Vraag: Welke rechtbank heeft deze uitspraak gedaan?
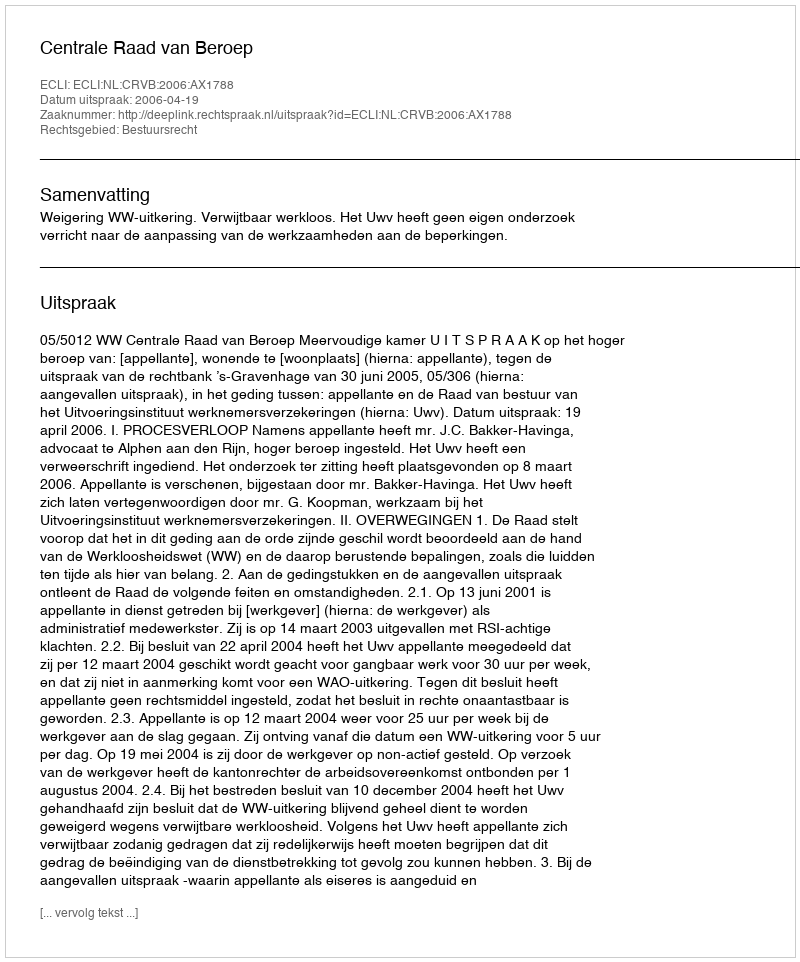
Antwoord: Centrale Raad van Beroep